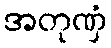
အတုဏှံ